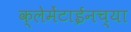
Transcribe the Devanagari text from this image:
क्लेमेंटाईनच्या